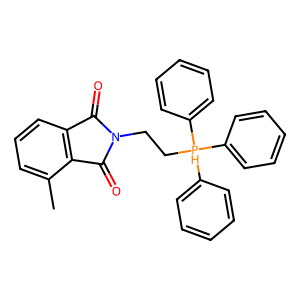
SMILES: Cc1cccc2c1C(=O)N(CC[PH](c1ccccc1)(c1ccccc1)c1ccccc1)C2=O
Inhibits HIV replication: No